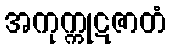
အကုက္ကုဋဇာတံ